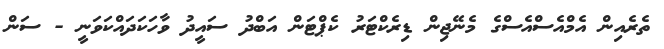
ތެރެއިން އެމްއެސްއެސްގެ މެނޭޖިން ޑިރެކްޓަރު ކެޕްޓަން އަބްދު ސައީދު ވާހަކަދައްކަވަނީ - ސަން